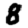
Digit: 8